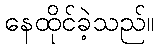
နေထိုင်ခဲ့သည်။